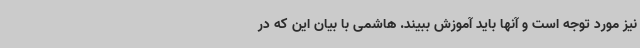
نیز مورد توجه است و آنها باید آموزش ببیند. هاشمی با بیان این که در